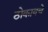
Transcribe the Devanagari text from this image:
ठोकायचे